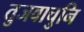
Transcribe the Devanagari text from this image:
तुजवाचुनि